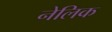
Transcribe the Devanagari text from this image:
नेलिक